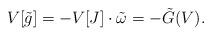
LaTeX: \begin{align*} V[\tilde{g}]=-V[J]\cdot\tilde{\omega} = -\tilde{G}(V).\end{align*}